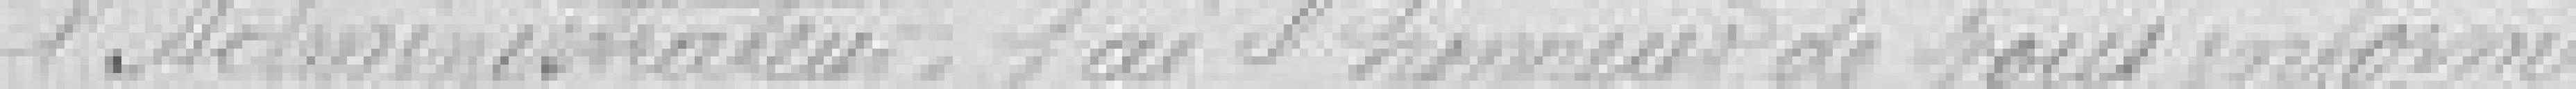
l'Administrateur, j'ai l'honneur de vous informer :